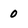
Character: 0